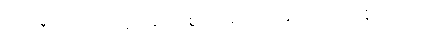
ဗဟုလီကတာယ၊ အကြိမ်များစွာပြုအပ်သည်ရှိသော်။ ယာနိကတာယ၊